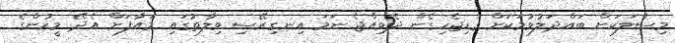
މިސާލަކަށް ބައްދަލުވުމަކަށް ގަޑިޖެހިގެން ދެވިއްޖެ ނަމަ އިނގިރޭސި ވިލާތުގައި މައާފަށް އެދޭ މީހުންގެ